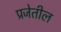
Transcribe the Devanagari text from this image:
प्रजेतील